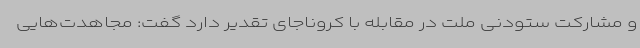
و مشارکت ستودنی ملت در مقابله با کروناجای تقدیر دارد گفت: مجاهدت‌هایی